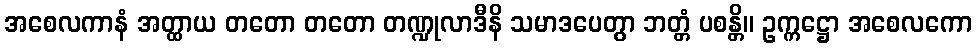
အစေလကာနံ အတ္ထာယ တတော တတော တဏ္ဍုလာဒီနိ သမာဒပေတွာ ဘတ္တံ ပစန္တိ။ ဥက္ကဋ္ဌော အစေလကော